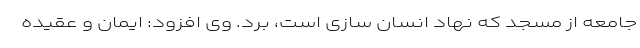
جامعه از مسجد که نهاد انسان سازی است، برد. وی افزود: ایمان و عقیده